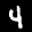
Label: 4